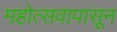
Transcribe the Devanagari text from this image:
महोत्सवापासून